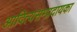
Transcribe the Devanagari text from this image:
आदित्यसम्प्रदायका